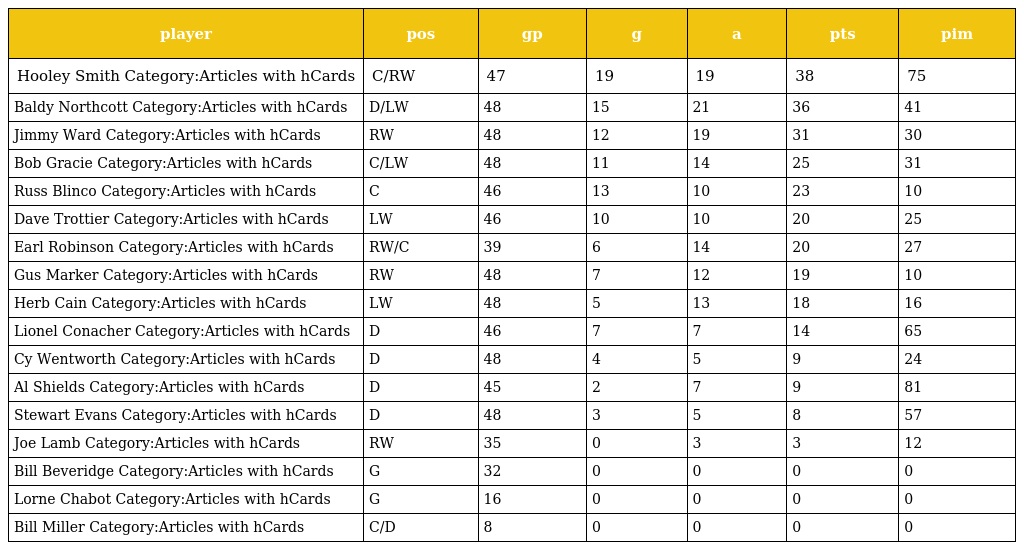
| player | pos | gp | g | a | pts | pim |
 | --- | --- | --- | --- | --- | --- | --- |
 | Hooley Smith Category:Articles with hCards | C/RW | 47 | 19 | 19 | 38 | 75 |
 | Baldy Northcott Category:Articles with hCards | D/LW | 48 | 15 | 21 | 36 | 41 |
 | Jimmy Ward Category:Articles with hCards | RW | 48 | 12 | 19 | 31 | 30 |
 | Bob Gracie Category:Articles with hCards | C/LW | 48 | 11 | 14 | 25 | 31 |
 | Russ Blinco Category:Articles with hCards | C | 46 | 13 | 10 | 23 | 10 |
 | Dave Trottier Category:Articles with hCards | LW | 46 | 10 | 10 | 20 | 25 |
 | Earl Robinson Category:Articles with hCards | RW/C | 39 | 6 | 14 | 20 | 27 |
 | Gus Marker Category:Articles with hCards | RW | 48 | 7 | 12 | 19 | 10 |
 | Herb Cain Category:Articles with hCards | LW | 48 | 5 | 13 | 18 | 16 |
 | Lionel Conacher Category:Articles with hCards | D | 46 | 7 | 7 | 14 | 65 |
 | Cy Wentworth Category:Articles with hCards | D | 48 | 4 | 5 | 9 | 24 |
 | Al Shields Category:Articles with hCards | D | 45 | 2 | 7 | 9 | 81 |
 | Stewart Evans Category:Articles with hCards | D | 48 | 3 | 5 | 8 | 57 |
 | Joe Lamb Category:Articles with hCards | RW | 35 | 0 | 3 | 3 | 12 |
 | Bill Beveridge Category:Articles with hCards | G | 32 | 0 | 0 | 0 | 0 |
 | Lorne Chabot Category:Articles with hCards | G | 16 | 0 | 0 | 0 | 0 |
 | Bill Miller Category:Articles with hCards | C/D | 8 | 0 | 0 | 0 | 0 |